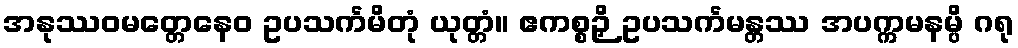
အနုဿဝမတ္တေနေဝ ဥပသင်္ကမိတုံ ယုတ္တံ။ ဧကစ္စဉှိ ဥပသင်္ကမန္တဿ အပက္ကမနမ္ပိ ဂရု